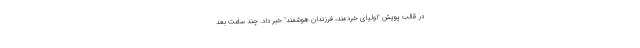
در قالب پویش "اولیای خردمند، فرزندان هوشمند" خبر داد. چند ساعت بعد